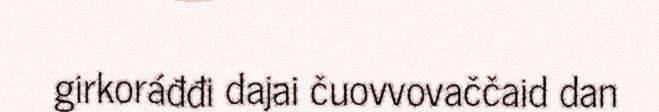
girkoráđđi dajai čuovvovaččaid dan